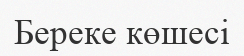
Береке көшесі